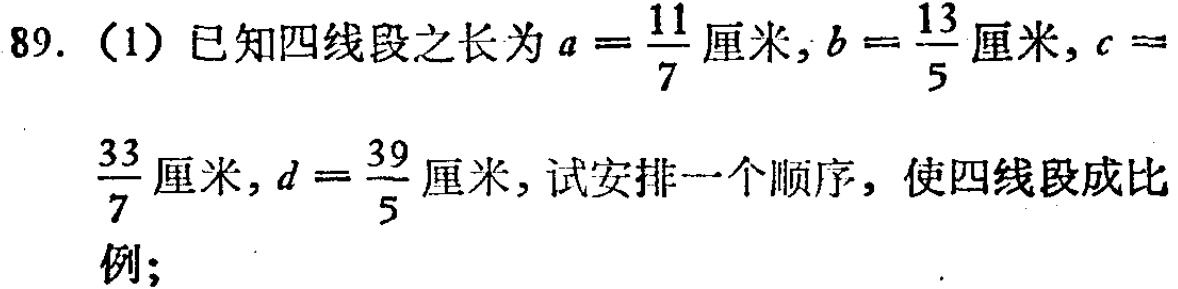
89. （1）已知四线段之长为\(a = \frac{11}{7}\)厘米，\(b = \frac{13}{5}\)厘米，\(c = \frac{33}{7}\)厘米，\(d = \frac{39}{5}\)厘米，试安排一个顺序，使四线段成比例；